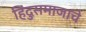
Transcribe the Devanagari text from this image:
हिंदुसमाजाचे